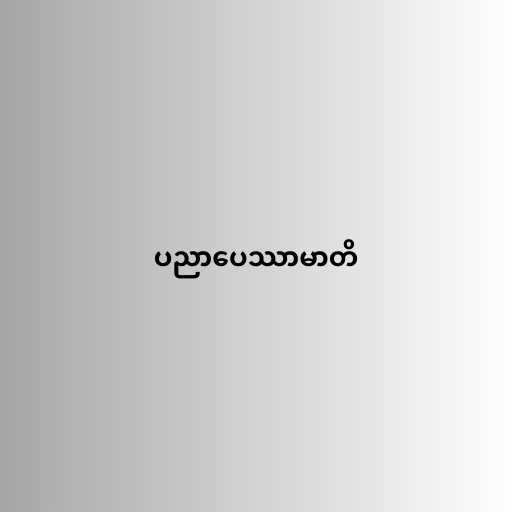
ပညာပေဿာမာတိ